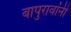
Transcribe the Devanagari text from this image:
बापुरावांनी